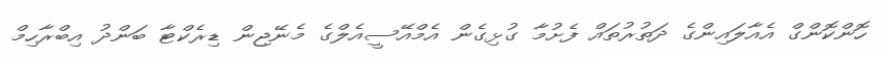
ހޮންކޮންގް އެއާލައިންގެ ދަތުރުތައް ފެށުމާ ގުޅިގެން އެމްއޭސީއެލްގެ މެނޭޖިން ޑިރެކްޓާ ބަންދު އިބްރާހިމް